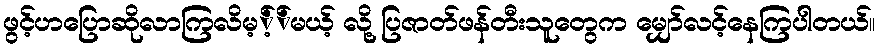
ဖွင့်ဟပြောဆိုလာကြလိမ့့််မယ့် လို့ ပြဇာတ်ဖန်တီးသူတွေက မျှော်လင့်နေကြပါတယ်။